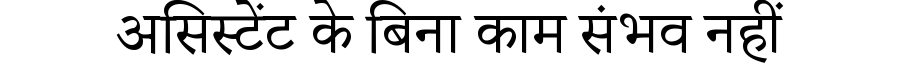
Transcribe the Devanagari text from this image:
असिस्टेंट के बिना काम संभव नहीं